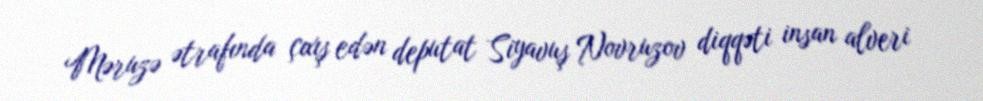
Məruzə ətrafında çıxış edən deputat Siyavuş Novruzov diqqəti insan alveri